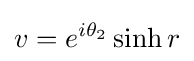
v=e^{i\theta _{2}}\sinh r